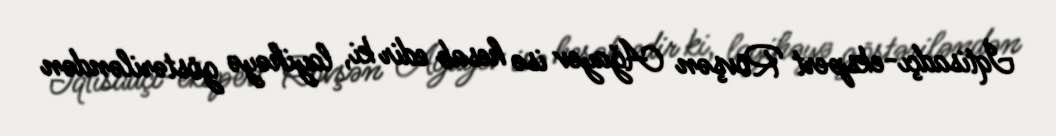
İqtisadçı-ekspert Rövşən Ağayev isə hesab edir ki, layihəyə göstəriləndən